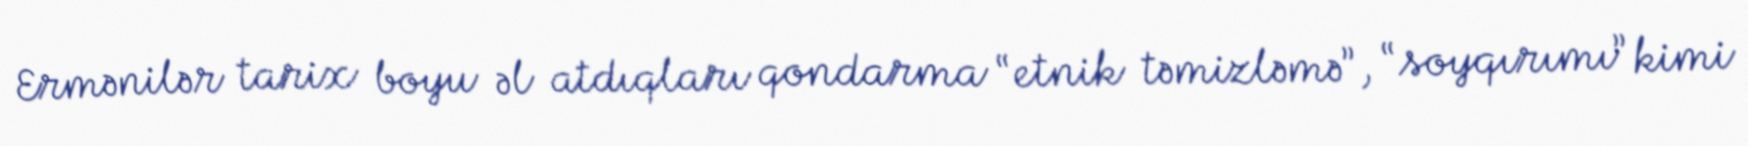
Ermənilər tarix boyu əl atdıqları qondarma “etnik təmizləmə”, “soyqırımı” kimi